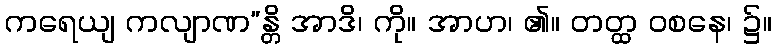
ကရေယျ ကလျာဏ”န္တိ အာဒိ၊ ကို။ အာဟ၊ ၏။ တတ္ထ ဝစနေ၊ ၌။